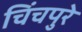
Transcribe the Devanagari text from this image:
चिंचपुरे